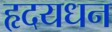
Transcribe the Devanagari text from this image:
हृदयधन